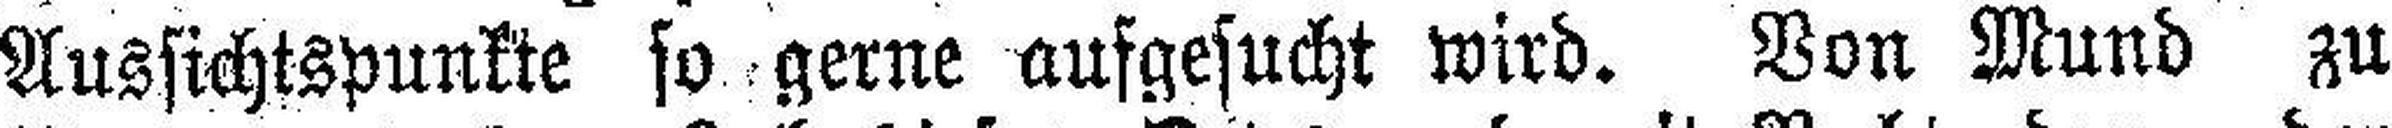
Aussichtspunkte so gerne aufgesucht wird. Von Mund zu